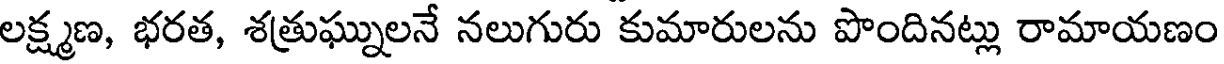
లక్ష్మణ, భరత, శత్రుఘ్నులనే నలుగురు కుమారులను పొందినట్లు రామాయణం